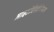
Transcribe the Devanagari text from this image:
माइटोबैक्टेरियम